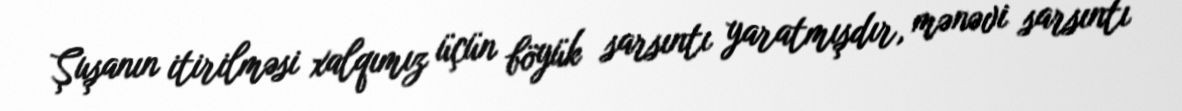
Şuşanın itirilməsi xalqımız üçün böyük sarsıntı yaratmışdır, mənəvi sarsıntı